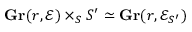
\mathbf { G r } ( r , { \mathcal { E } } ) \times _ { S } S ^ { \prime } \simeq \mathbf { G r } ( r , { \mathcal { E } } _ { S ^ { \prime } } )